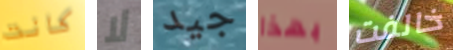
كانت لا جيد بهذا خالفت